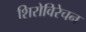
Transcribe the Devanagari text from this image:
शिरोविरेचन